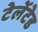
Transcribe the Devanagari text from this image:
टेलेंटेड